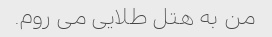
من به هتل طلایی می روم.